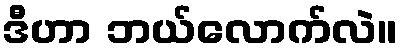
ဒီဟာ ဘယ်လောက်လဲ။